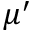
\mu ^ { \prime }